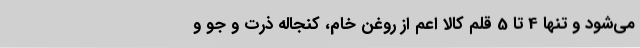
می‌شود و تنها 4 تا 5 قلم کالا اعم از روغن خام، کنجاله ذرت و جو و